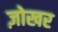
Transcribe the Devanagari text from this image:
ज़ोखर